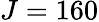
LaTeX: J=160